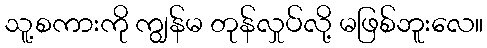
သူ့စကားကို ကျွန်မ တုန်လှုပ်လို့ မဖြစ်ဘူးလေ။